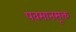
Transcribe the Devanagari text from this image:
पवमानसूक्त